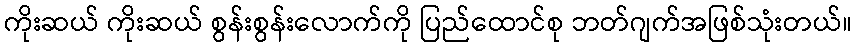
ကိုးဆယ် ကိုးဆယ် စွန်းစွန်းလောက်ကို ပြည်ထောင်စု ဘတ်ဂျက်အဖြစ်သုံးတယ်။